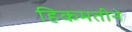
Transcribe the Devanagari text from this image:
हिकमतीने